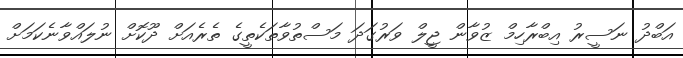
އަބްދު ނަސީރު އިބްރާހިމް ޒުވާން ޖީލް ވަރުގަދަ މަސްތުވާތަކެތީގެ ތެރެއަށް ދޫކޮށް ނުލައްވާނެކަމަށް